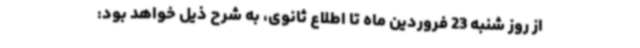
از روز شنبه 23 فروردین ماه تا اطلاع ثانوی، به شرح ذیل خواهد بود: